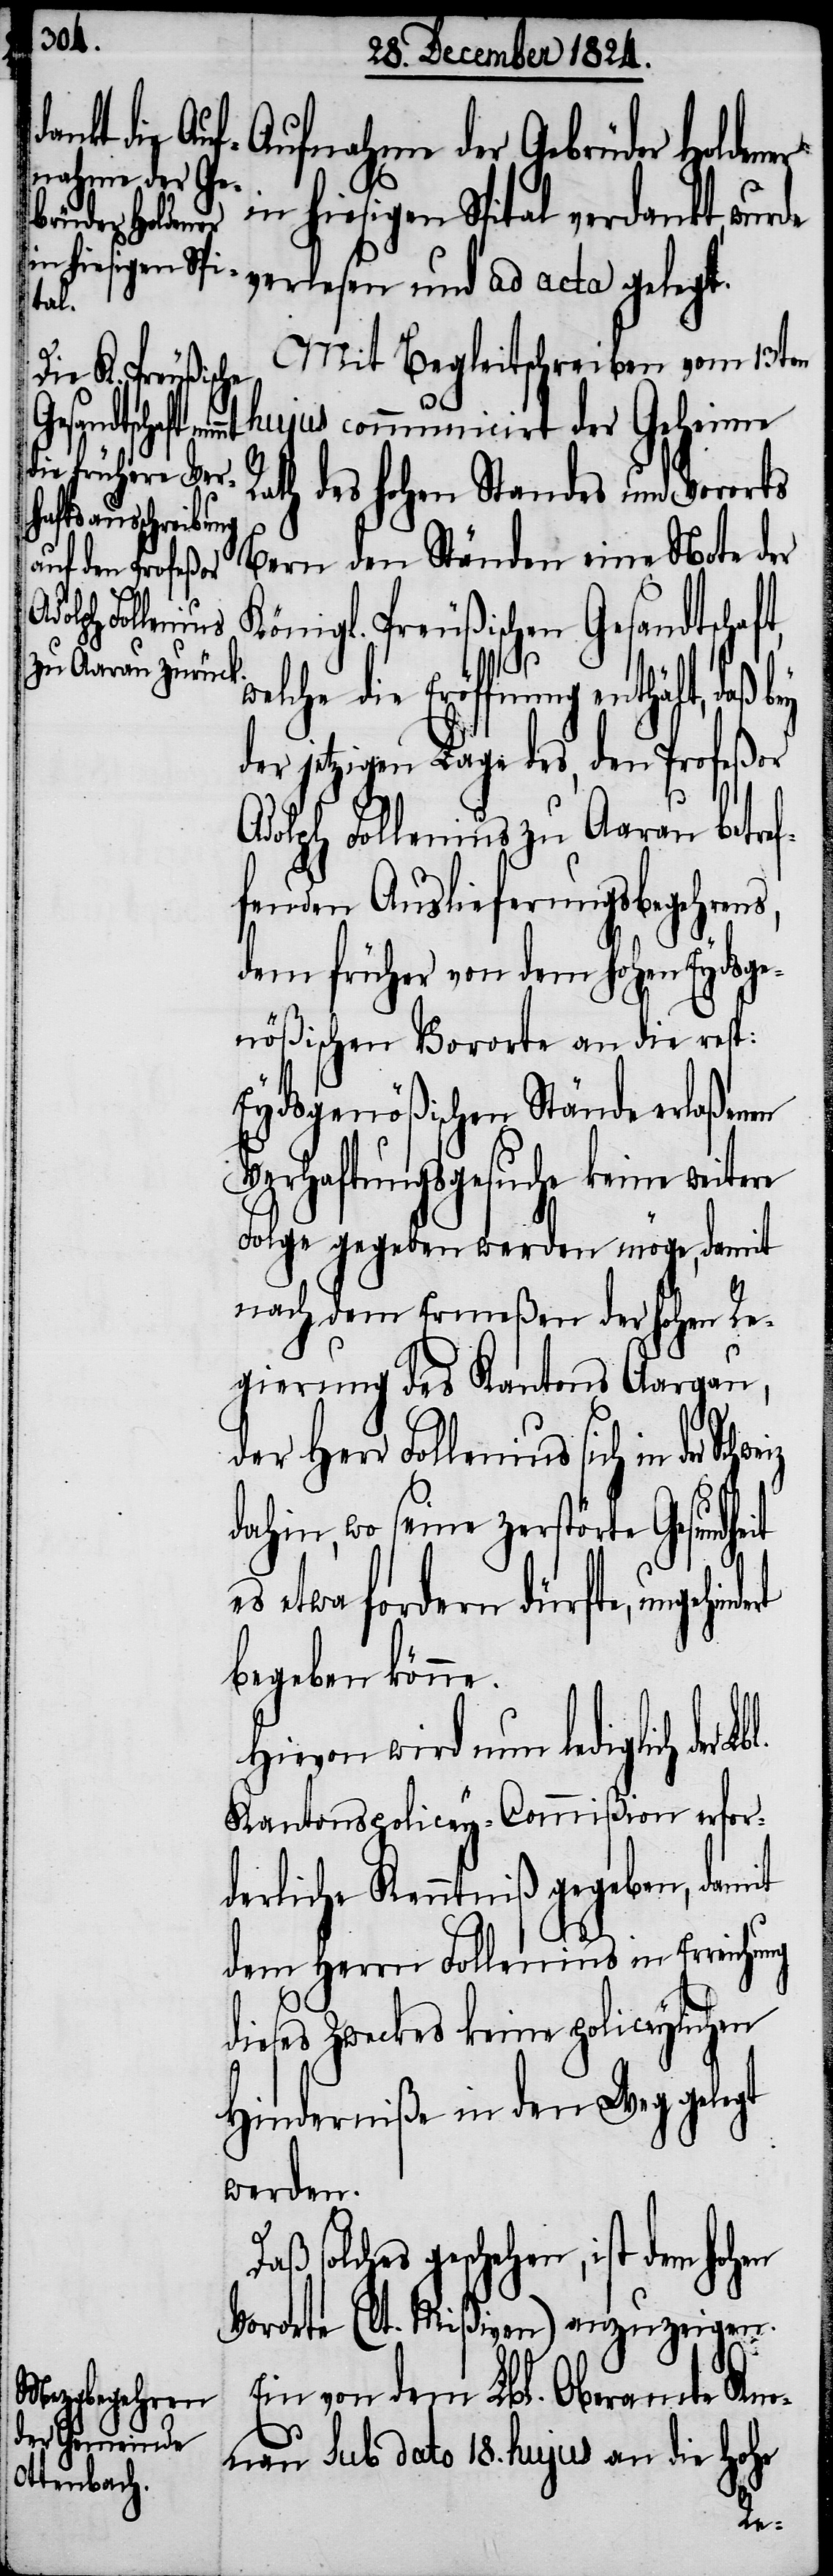
eit es etwa fordern dürfte, ungehindert
nahme der Ge¬
in hiesigen Spital verdankt, wu¬
brüder Holdener
verlesen und ad acta gelegt.
Mit Begleitschreiben vom 13ten
hujus communicirt der Geheime
ath des hohen Standes eine Note
Königl. Preußischen Gesandtschaf¬
welche die Eröffnung enthält,
der jetzigen Lage des, den Profeßor
s,
Adolph Follemius zu Aarau betref¬
fenden Auslieferungsbegehren¬
dem früher von dem Hohen Eydsge¬
nößischen Vororte an die resp:
Eydsgenößischen Stände erlaßen¬
Verhaftsgesuche keine weitere
Folge gegeben werden möge, damit
nach dem Ermeßen der hohen Re¬
gierung des Kantons Aargau,
R¬
der Herr Follemius sich in der
dahin, wo seine zerstörte Gesundh¬
begeben könne.
Hievon wird nun lediglich der
Kantons-Policey-Commißion erfor¬
derliche Kenntniß gegeben, damit
dem Herrn Follemius in Erreichung
dieses Zweckes keine policeylichen
Hinderniße in den Weg gelegt
werden.
solches geschehen, ist dem ho¬
Vororte (lt. Mißiven) anzuzeigen.
Ein von dem Lbl. Oberamt Kn¬
onau sub dato 18. hujus an die Hohe
hen